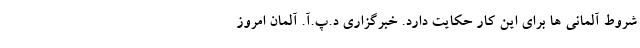
شروط آلمانی ها برای این کار حکایت دارد. خبرگزاری د.پ.آ. آلمان امروز